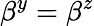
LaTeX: \beta^{y}=\beta^{z}